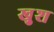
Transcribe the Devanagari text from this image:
खु़श